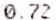
0.72